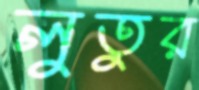
লুতুর